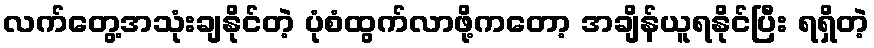
လက်တွေ့အသုံးချနိုင်တဲ့ ပုံစံထွက်လာဖို့ကတော့ အချိန်ယူရနိုင်ပြီး ရရှိတဲ့